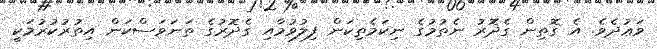
ވަޢުދެވެ. އެ ގޮތިން ގެދޮރު ނެތުމުގެ ނިކަމެތިކަން ފިލުވުމާއި ގެދޮރުގެ ތަނަވަސްކަން އިތުރުކުރުމަކީ